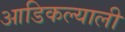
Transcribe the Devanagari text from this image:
आडिकल्याली